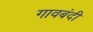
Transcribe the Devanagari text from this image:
गावबंदी